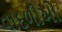
વાદળીઓ